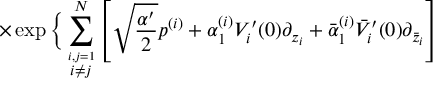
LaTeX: \times \exp \bigg \{ \sum _ { \stackrel { i , j = 1 } { i \neq j } } ^ { N } \left[ \sqrt { \frac { \alpha ^ { \prime } } { 2 } } p ^ { ( i ) } + \alpha _ { 1 } ^ { ( i ) } V _ { i } ^ { \prime } ( 0 ) \partial _ { z _ { i } } + \bar { \alpha } _ { 1 } ^ { ( i ) } \bar { V } _ { i } ^ { \prime } ( 0 ) \partial _ { \bar { z } _ { i } } \right]